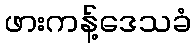
ဖားကန့်ဒေသခံ